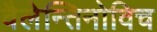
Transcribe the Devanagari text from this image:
वैलेन्तिनोविच